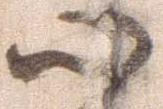
心